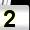
Digit: 2